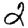
Digit: 2